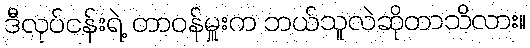
ဒီလုပ်ငန်းရဲ့ တာဝန်မှူးက ဘယ်သူလဲဆိုတာသိလား။